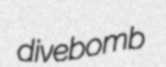
divebomb